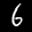
Label: 6